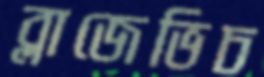
ব্লাজেভিচ